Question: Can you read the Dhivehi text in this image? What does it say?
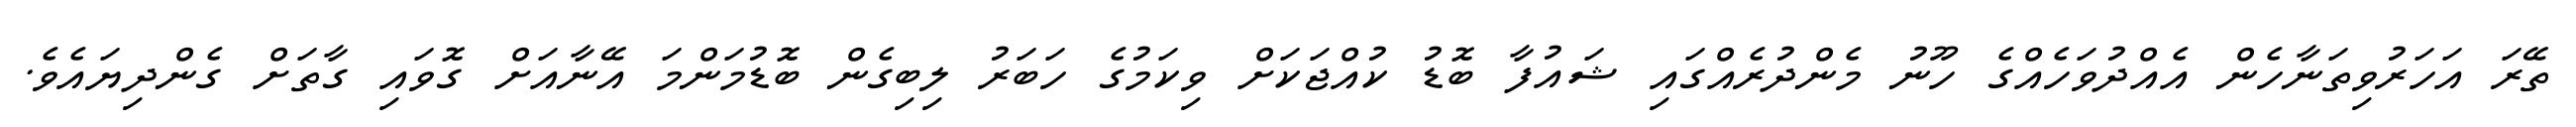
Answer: ތޭރަ އަހަރުވިތަނާހެން އެއްދުވަހެއްގެ ހޫނު މެންދުރެއްގައި ޝައުފާ ބޮޑު ކުއްޖަކަށް ވިކަމުގެ ހަބަރު ލިބިގެން ބޮޑުމަންމަ އޭނާއަށް ގޮވައި ގާތަށް ގެންދިޔައެވެ.